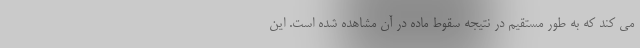
می کند که به طور مستقیم در نتیجه سقوط ماده در آن مشاهده شده است. این